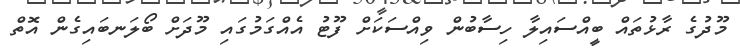
މޫދުގެ ރާޅުތައް ބީއްސައިލާ ހިސާބުން ވިއްސަކަށް ފޫޓު އެއްގަމުގައި މޫދަށް ބޯލަނބައިގެން އޮތް